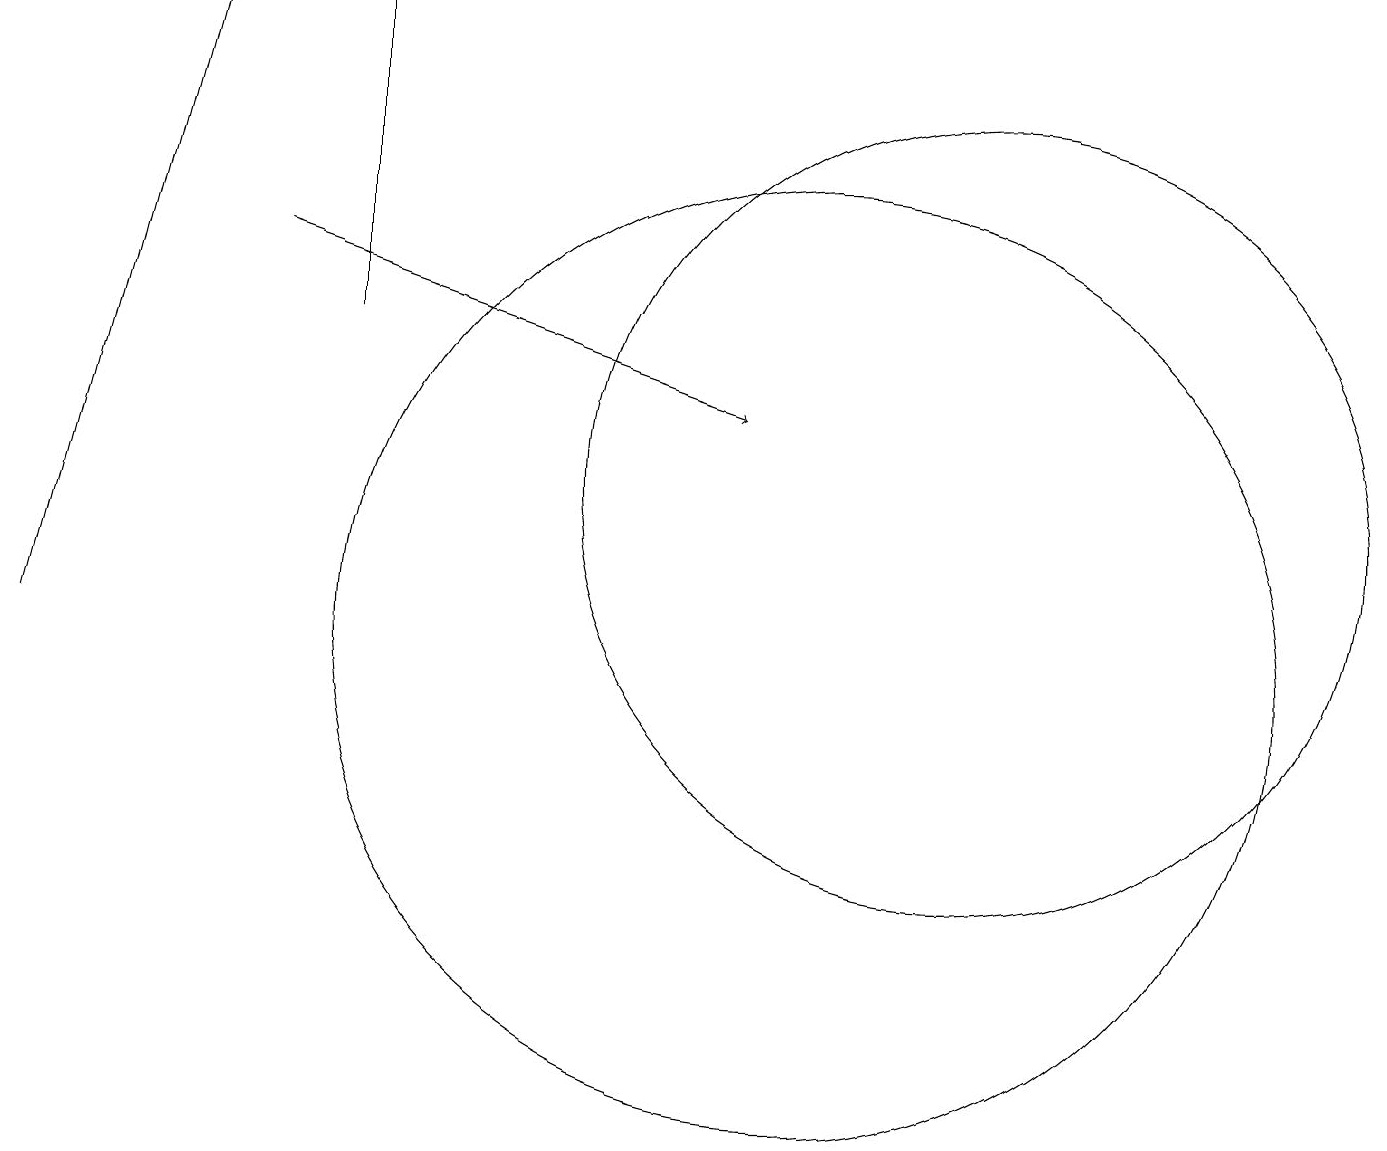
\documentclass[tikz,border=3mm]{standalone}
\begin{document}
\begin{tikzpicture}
\draw (10,10) circle (6);
\draw[->] (3,15) -- (9,13);
\draw (12,12) circle (5);
\draw[->] (0,10) -- (2,18);
\draw (4,18) rectangle (4,14);
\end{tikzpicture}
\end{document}